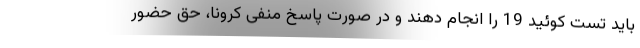
باید تست کوئید 19 را انجام دهند و در صورت پاسخ منفی کرونا، حق حضور